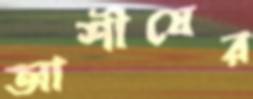
আশীষের